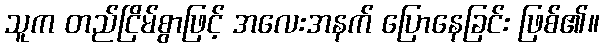
သူက တည်ငြိမ်စွာဖြင့် အလေးအနက် ပြောနေခြင်း ဖြစ်၏။